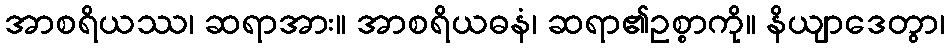
အာစရိယဿ၊ ဆရာအား။ အာစရိယဓနံ၊ ဆရာ၏ဥစ္စာကို။ နိယျာဒေတွာ၊